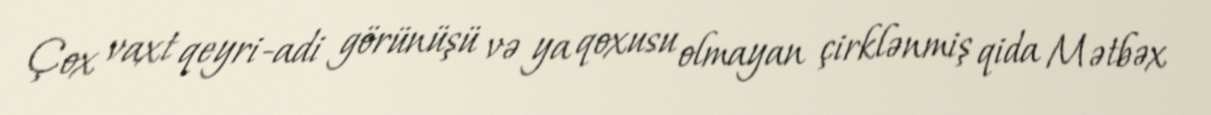
Çox vaxt qeyri-adi görünüşü və ya qoxusu olmayan çirklənmiş qida Mətbəx